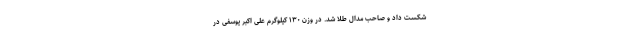
شکست داد و صاحب مدال طلا شد. در وزن ۱۳۰ کیلوگرم علی اکبر یوسفی در